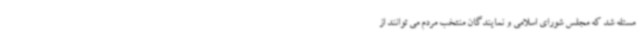
مسئله شد که مجلس شورای اسلامی و نمایندگان منتخب مردم می توانند از